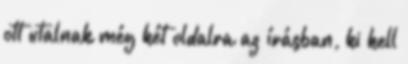
ott utalnak még két oldalra az írásban, ki kell